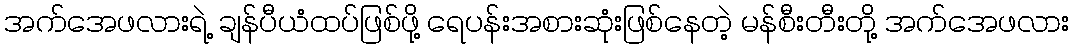
အက်အေဖလားရဲ့ ချန်ပီယံထပ်ဖြစ်ဖို့ ရေပန်းအစားဆုံးဖြစ်နေတဲ့ မန်စီးတီးတို့ အက်အေဖလား